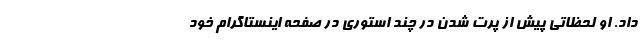
داد. او لحظاتی پیش از پرت شدن در چند استوری در صفحه اینستاگرام خود